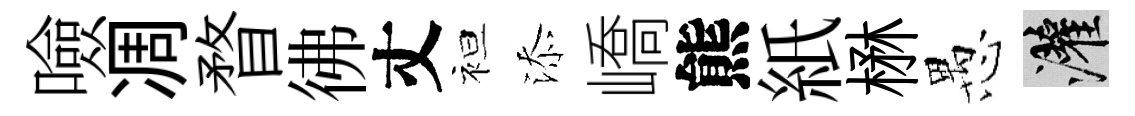
噞凋瞀彿丈袒添嶠熊紙楙愚灌